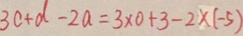
3 c + d - 2 a = 3 \times 0 + 3 - 2 \times ( - 5 )